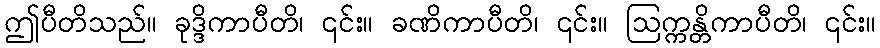
ဤပီတိသည်။ ခုဒ္ဒိကာပီတိ၊ ၎င်း။ ခဏိကာပီတိ၊ ၎င်း။ ဩက္ကန္တိကာပီတိ၊ ၎င်း။